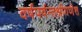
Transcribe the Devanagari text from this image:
वर्षपर्यन्तश्रीगणेश